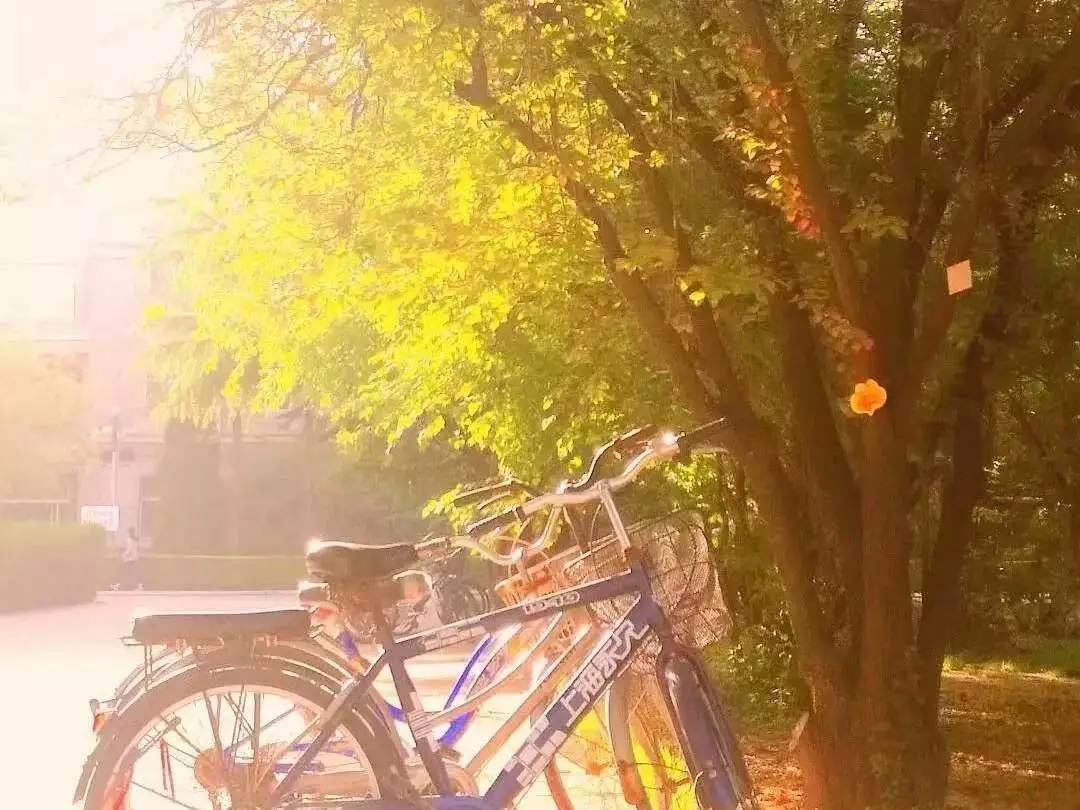
天与短因缘，聚散常容易。